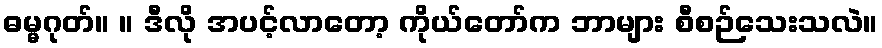
ဓမ္မဂုတ်။ ။ ဒီလို အပင့်လာတော့ ကိုယ်တော်က ဘာများ စီစဉ်သေးသလဲ။